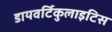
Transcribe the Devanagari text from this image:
डायवर्टिकुलाइटिस